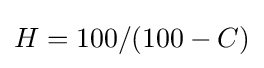
H=100/(100-C)